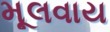
મૂલવાય